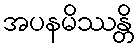
အပနမိဿန္တိ